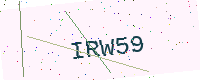
Text: IRW59